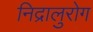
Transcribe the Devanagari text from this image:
निद्रालुरोग